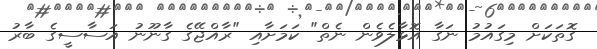
ގޮތަކަށް މިގައުމު ނަގާ އޮޅާލެވެން ނެތް" ކަމަށާއި "ރާއްޖޭގެ ގާނޫނު އަސާސީގެ ބާރު